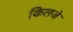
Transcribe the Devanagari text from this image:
किलजे